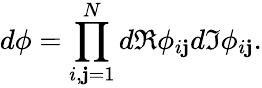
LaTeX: d\phi=\prod_{i,\mathbf{j}=1}^{N}d\Re\phi_{i\mathbf{j}}d\Im\phi_{i\mathbf{j}}.